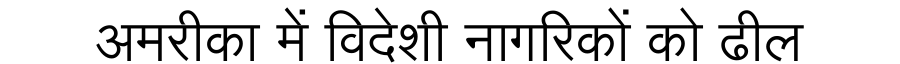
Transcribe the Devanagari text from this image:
अमरीका में विदेशी नागरिकों को ढील